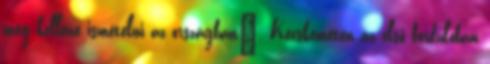
meg kellene ismételni az országban". Kecskeméten az első fordulóban